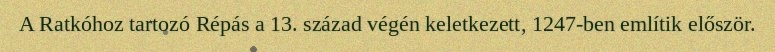
A Ratkóhoz tartozó Répás a 13. század végén keletkezett, 1247-ben említik először.